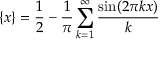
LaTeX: \{ x \} = { \frac { 1 } { 2 } } - { \frac { 1 } { \pi } } \sum _ { k = 1 } ^ { \infty } { \frac { \sin ( 2 \pi k x ) } { k } }